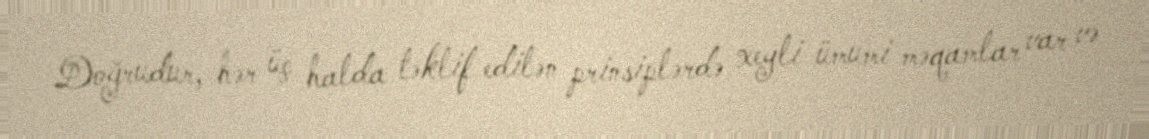
Doğrudur, hər üç halda təklif edilən prinsiplərdə xeyli ümumi məqamlar var və